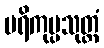
ပရိကုပ္ပသုတ္တံ